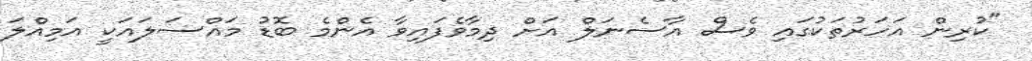
"ކުރިން އަހަރުތަކުގައި ވެސް އާސެނަލް އަށް ދިމާވެފައިވާ އެންމެ ބޮޑު މައްސަލައަކީ އަމިއްލަ